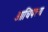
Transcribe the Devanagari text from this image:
आधिपत्त्य